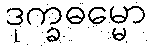
ဒုက္ခဓမ္မော